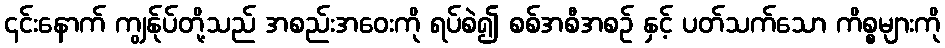
၎င်းနောက် ကျွန်ုပ်တို့သည် အစည်းအဝေးကို ရပ်စဲ၍ စစ်အစီအစဉ် နှင့် ပတ်သက်သော ကိစ္စများကို